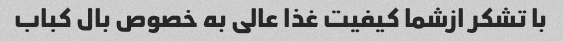
با تشکر ازشما کیفیت غذا عالی به خصوص بال کباب